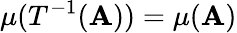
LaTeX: \mu(T^{-1}(\mathbf{A}))=\mu(\mathbf{A})